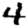
Digit: 4